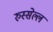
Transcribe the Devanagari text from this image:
रुस्सेल्ल